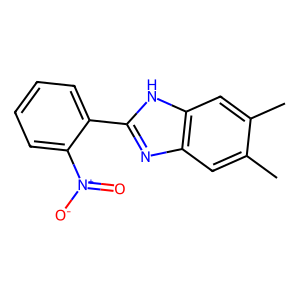
SMILES: Cc1cc2nc(-c3ccccc3[N+](=O)[O-])[nH]c2cc1C
Inhibits HIV replication: No